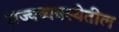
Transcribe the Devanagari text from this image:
राज्यव्यवस्थेतील